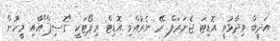
އަދީބް ވިދާޅުވީ އޮޑިޓަ ޖެނަރަލް ރޭ ނެރުއްވި އޮޑިޓް ރިޕޯޓަކީ "ގޮސިޕް"އާއި މީހުން